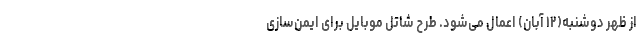
از ظهر دوشنبه(۱۲ آبان) اعمال می‌شود. طرح شاتل موبایل برای ایمن‌سازی